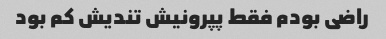
راضی بودم فقط پپرونیش تندیش کم بود